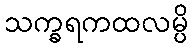
သက္ခရကထလမ္ပိ